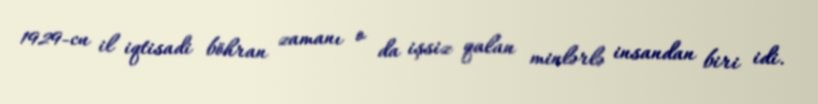
1929-cu il iqtisadi böhran zamanı o da işsiz qalan minlərlə insandan biri idi.